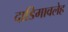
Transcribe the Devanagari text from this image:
दाडिमावलेह